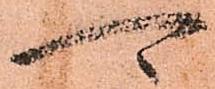
可